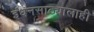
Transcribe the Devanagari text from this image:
इंधनसाठ्यालाही